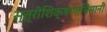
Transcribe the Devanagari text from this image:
स्त्रीशिक्षणाभिमानी